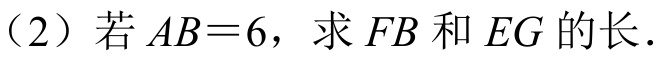
（2）若 \(AB = 6\)，求 \(FB\) 和 \(EG\) 的长．